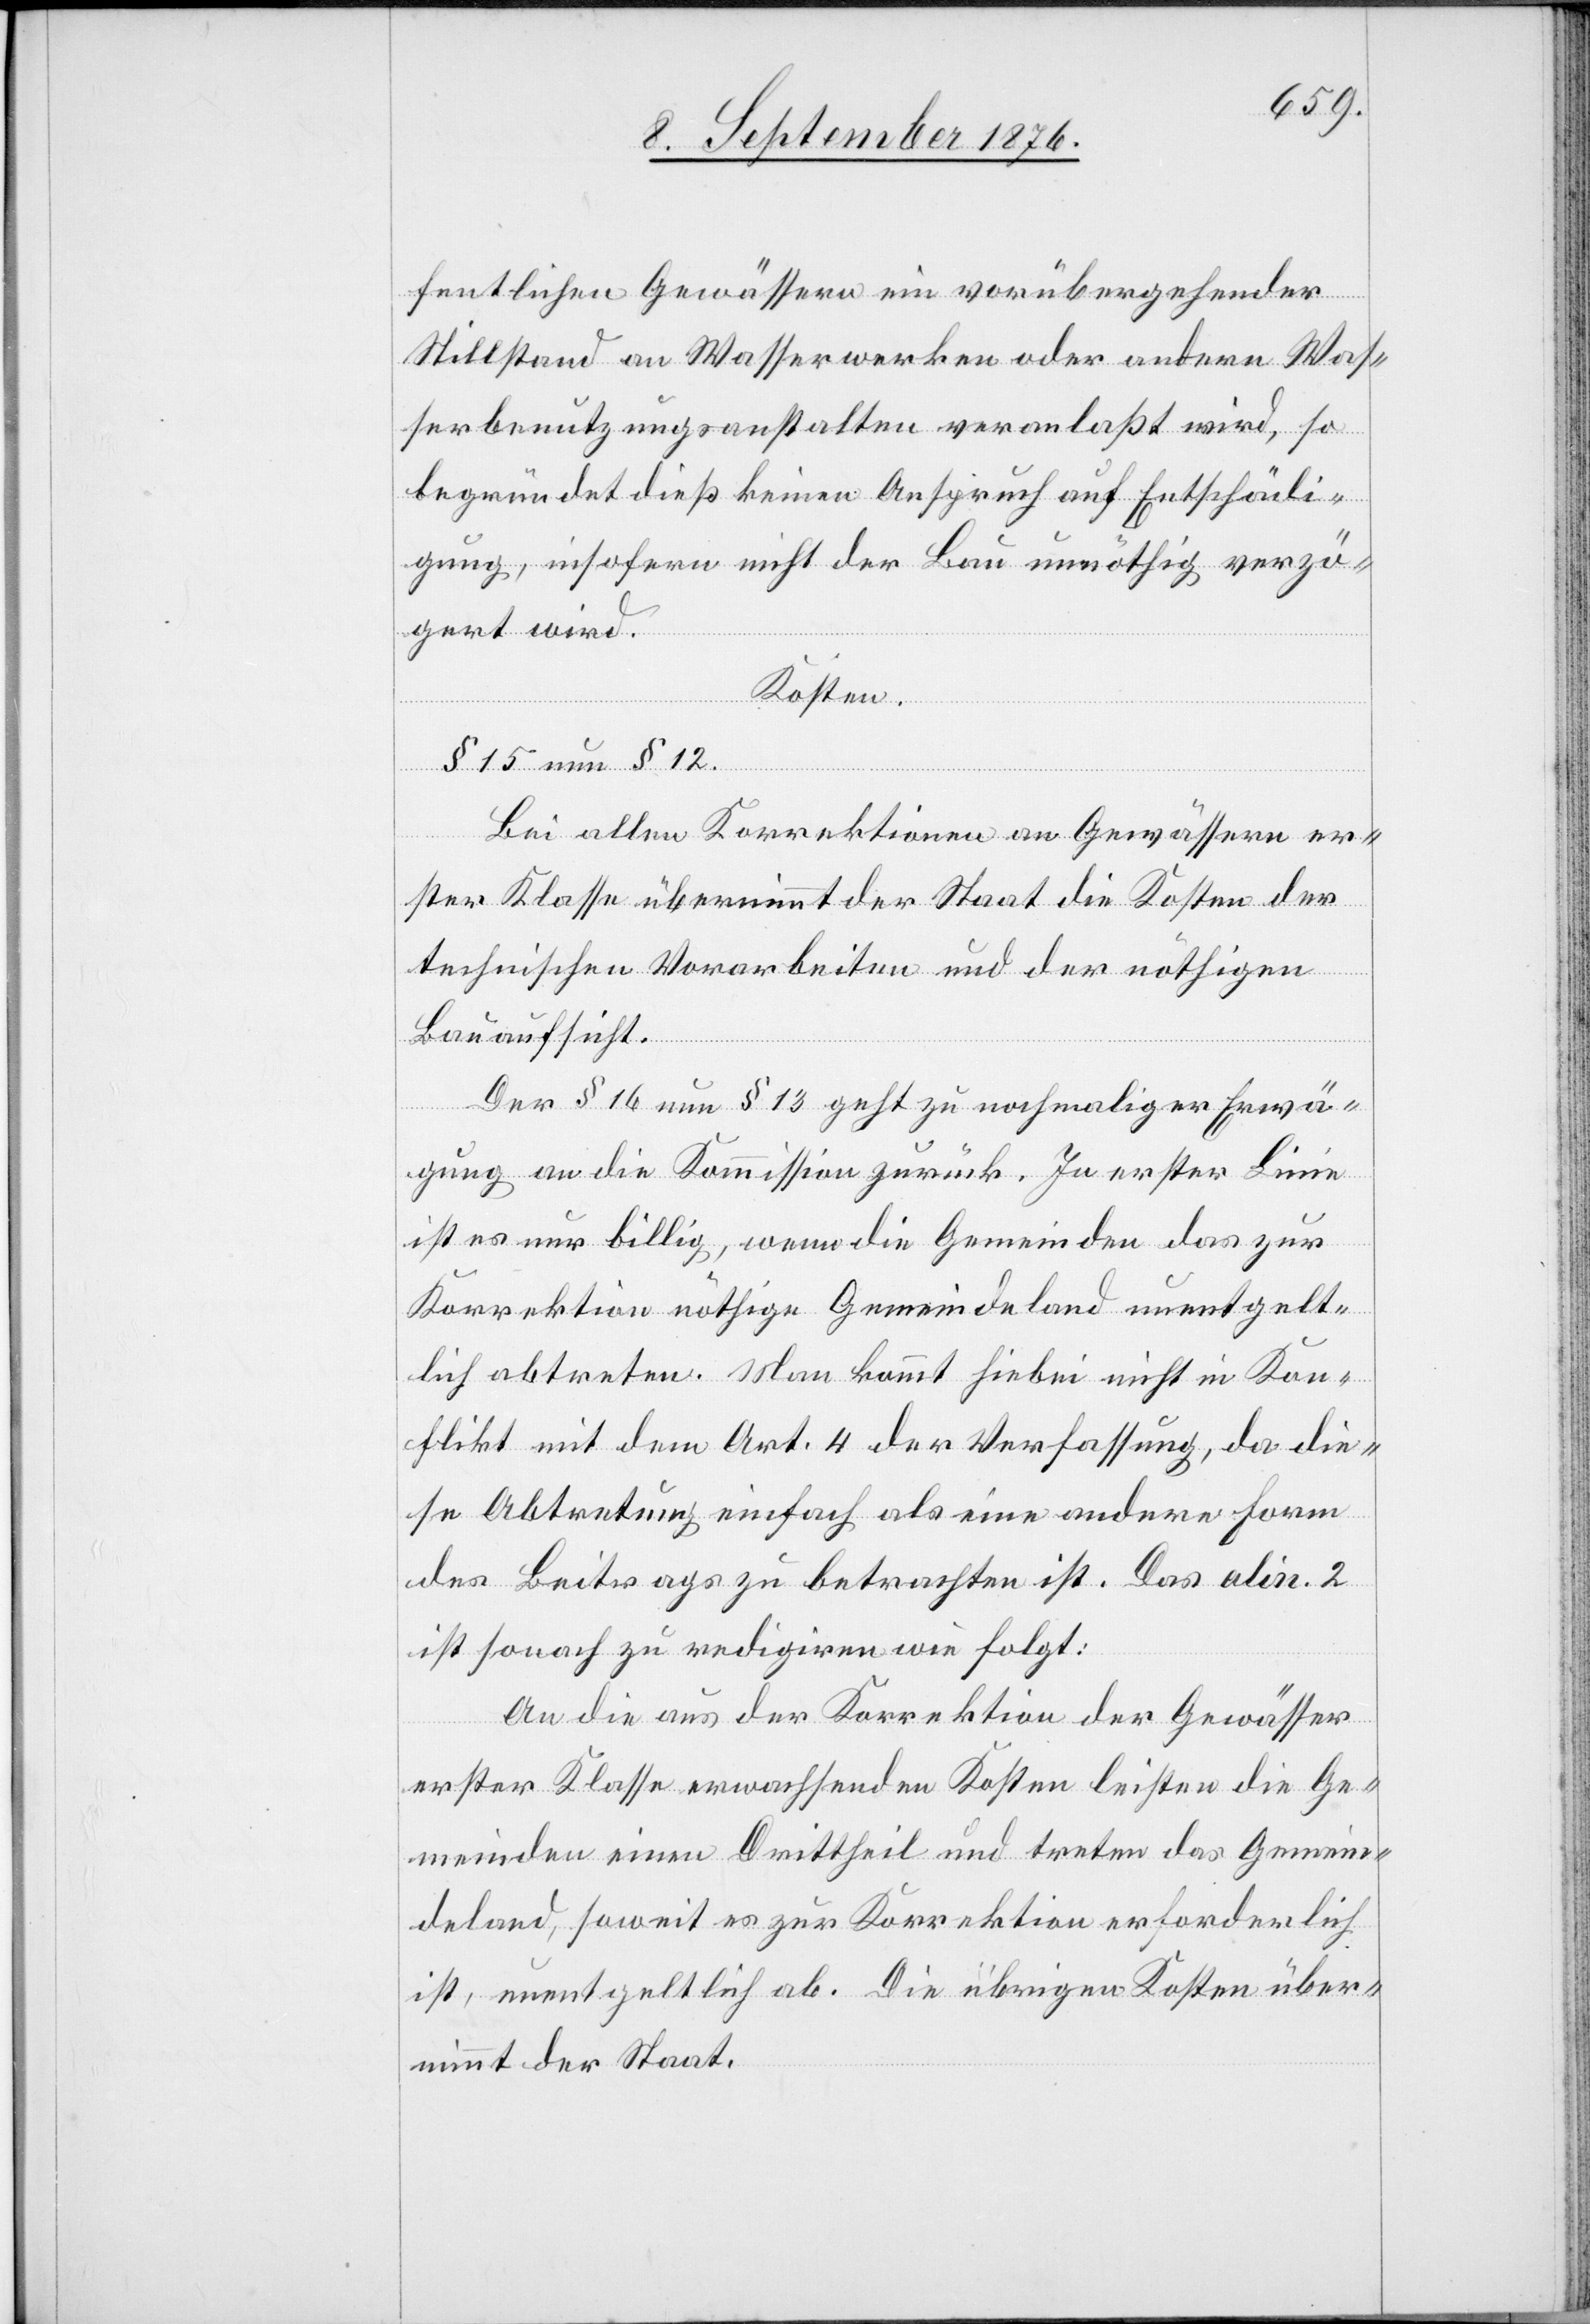
fentlichen Gewässern ein vorübergehender
Stillstand an Wasserwerken oder andere Was¬
serbenutzungsanstalten veranlaßt wird, so
begründet dieß keinen Anspruch auf Entschädi¬
gung, insofern nicht der Bau unnöthig verzö¬
gert wird.
Kosten.
§ 15 neu § 12.
Bei allen Korrektionen an Gewässern er¬
ster Klasse übernimmt der Staat die Kosten der
technischen Vorarbeiten und der nöthigen
Bauaufsicht.
Der § 16 neu § 13 geht zu nochmaliger Erwä¬
gung an die Kommission zurück. In erster Linie
ist es nur billig, wenn die Gemeinden das zur
Korrektion nöthige Gemeindeland unentgelt¬
lich abtreten. Man kommt hiebei nicht in Kon¬
flikt mit dem Art. 4 der Verfassung, da die¬
se Abtretung einfach als eine andere Form
des Beitrags zu betrachten ist. das alin. 2
ist sonach zu redigiren wie folgt:
An die aus der Korrektion der Gewässer
erster Klasse erwachsenden Kosten leisten die Ge¬
meinden einen Dritttheil und treten das Gemein¬
deland, soweit es zur Korrektion erforderlich
ist, unentgeltlich ab. Die übrigen Kosten über¬
nimmt der Staat.